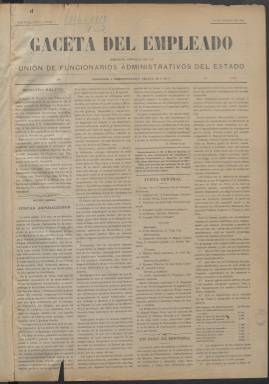
Título: Gaceta del empleado
Colección: Gacetas
Ámbito geográfico: Madrid
Lugar de publicación: Madrid
Fechas: 20/03/1914-31/05/1925